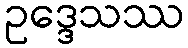
ဥဒ္ဒေသဿ